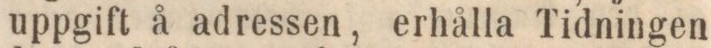
uppgift å adressen, erhålla Tidningen